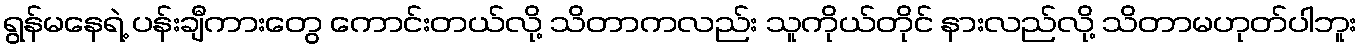
ရွန်မနေရဲ့ ပန်းချီကားတွေ ကောင်းတယ်လို့ သိတာကလည်း သူကိုယ်တိုင် နားလည်လို့ သိတာမဟုတ်ပါဘူး